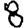
Digit: 8